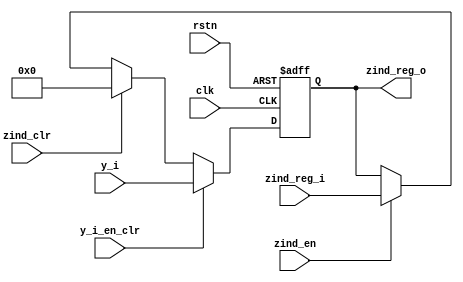
/******************************************************************
*Module name : zind_reg
*Type        : Verilog Module
*
*Description : z indexes adder
*------------------------------------------------------------------
*	clocks    : none
*	reset		 : none
* 
*Parameters  : none
*
******************************************************************/

module zind_reg(
	input clk,
	input rstn,
	input [5:0] zind_reg_i,
	input [5:0] y_i,
   input zind_en,
   input zind_clr,
	input y_i_en_clr,
	
	output reg [5:0] zind_reg_o);
	
always@(posedge clk or negedge rstn) 
begin
		if(!rstn)
			zind_reg_o <= 6'b00000;
		else if (y_i_en_clr)
			zind_reg_o <= y_i;
		else if(zind_clr)
			zind_reg_o <= 6'b00000;
		else if(zind_en)
			zind_reg_o <= zind_reg_i;
end
endmodule